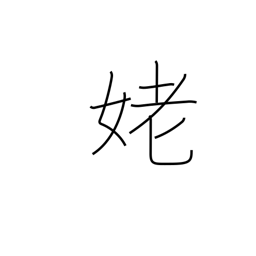
Meaning: old woman